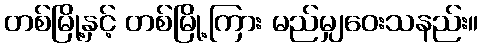
တစ်မြို့နှင့် တစ်မြို့ကြား မည်မျှဝေးသနည်း။